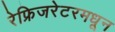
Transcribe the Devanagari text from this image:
रेफ्रिजरेटरमधून